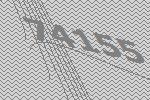
74155